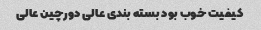
کیفیت خوب بود بسته بندی عالی دورچین عالی